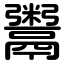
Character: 鬻